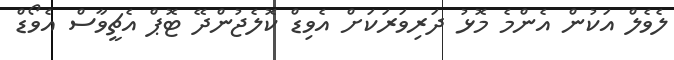
ލެވެލް އަކުން އެންމެ މޮޅު ދަރިވަރަކަށް އެވިޑް ކޮލެޖުންދޭ ޓޮޕް އެޗީވާސް އެވޯޑް